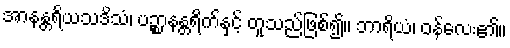
အာနန္တရိယသဒိသံ၊ ပဉ္စာနန္တရိက်နှင့် တူသည်ဖြစ်၍။ ဘာရိယံ၊ ဝန်လေး၏။